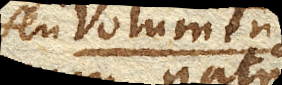
seu volumina